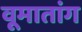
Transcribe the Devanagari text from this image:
वूमातांग